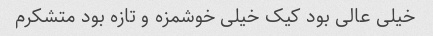
خیلی عالی بود کیک خیلی خوشمزه و تازه بود متشکرم